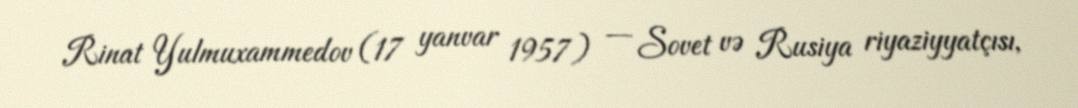
Rinat Yulmuxammedov (17 yanvar 1957) — Sovet və Rusiya riyaziyyatçısı,